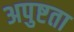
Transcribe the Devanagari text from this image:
अपुष्टता